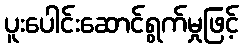
ပူးပေါင်းဆောင်ရွက်မှုဖြင့်